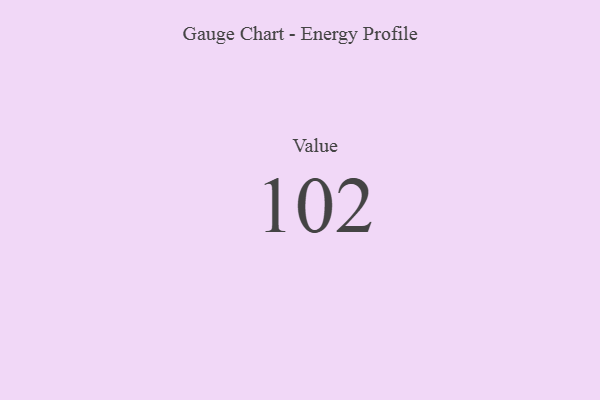
{"axis": {"x": "Metric", "y": "Value"}, "legend": [""], "data": [{"x": "Value", "y": 102, "type": ""}]}